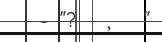
- "?